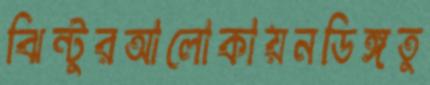
ঝিন্টুরআলোকায়নডিঙ্গতু